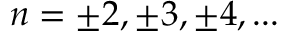
n = \pm 2 , \pm 3 , \pm 4 , . . .